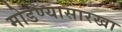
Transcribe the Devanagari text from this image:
मोडण्यासारखा